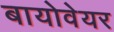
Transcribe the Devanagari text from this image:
बायोवेयर